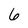
Character: 6